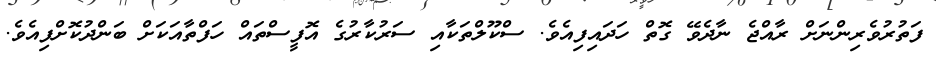
ފަތުރުވެރިންނަށް ރާއްޖެ ނާދެވޭ ގޮތް ހަދައިފިއެވެ. ސްކޫލްތަކާއި ސަރުކާރުގެ އޮފީސްތައް ހަފްތާއަކަށް ބަންދުކޮށްފިއެވެ.